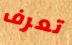
تعرف